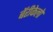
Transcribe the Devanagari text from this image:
बॅरीकेलो